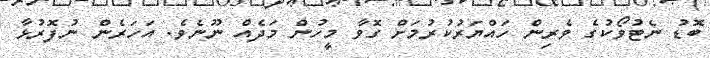
ބޮޑު ނެޓުވޯކުގެ ވެރިން ހައްޔަރުކުރުމަށް ގޮވާ މީހުން މަދެއް ނޫނެވެ. އަހަރެން ނުފޮރުޅާ